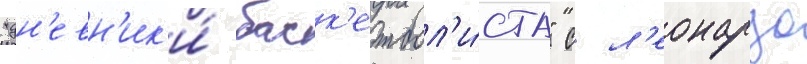
"дн'евн'ик'и́ баск'етбол'и́ста" с л'еонардо